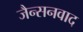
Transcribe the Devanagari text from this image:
जैन्सनवाद